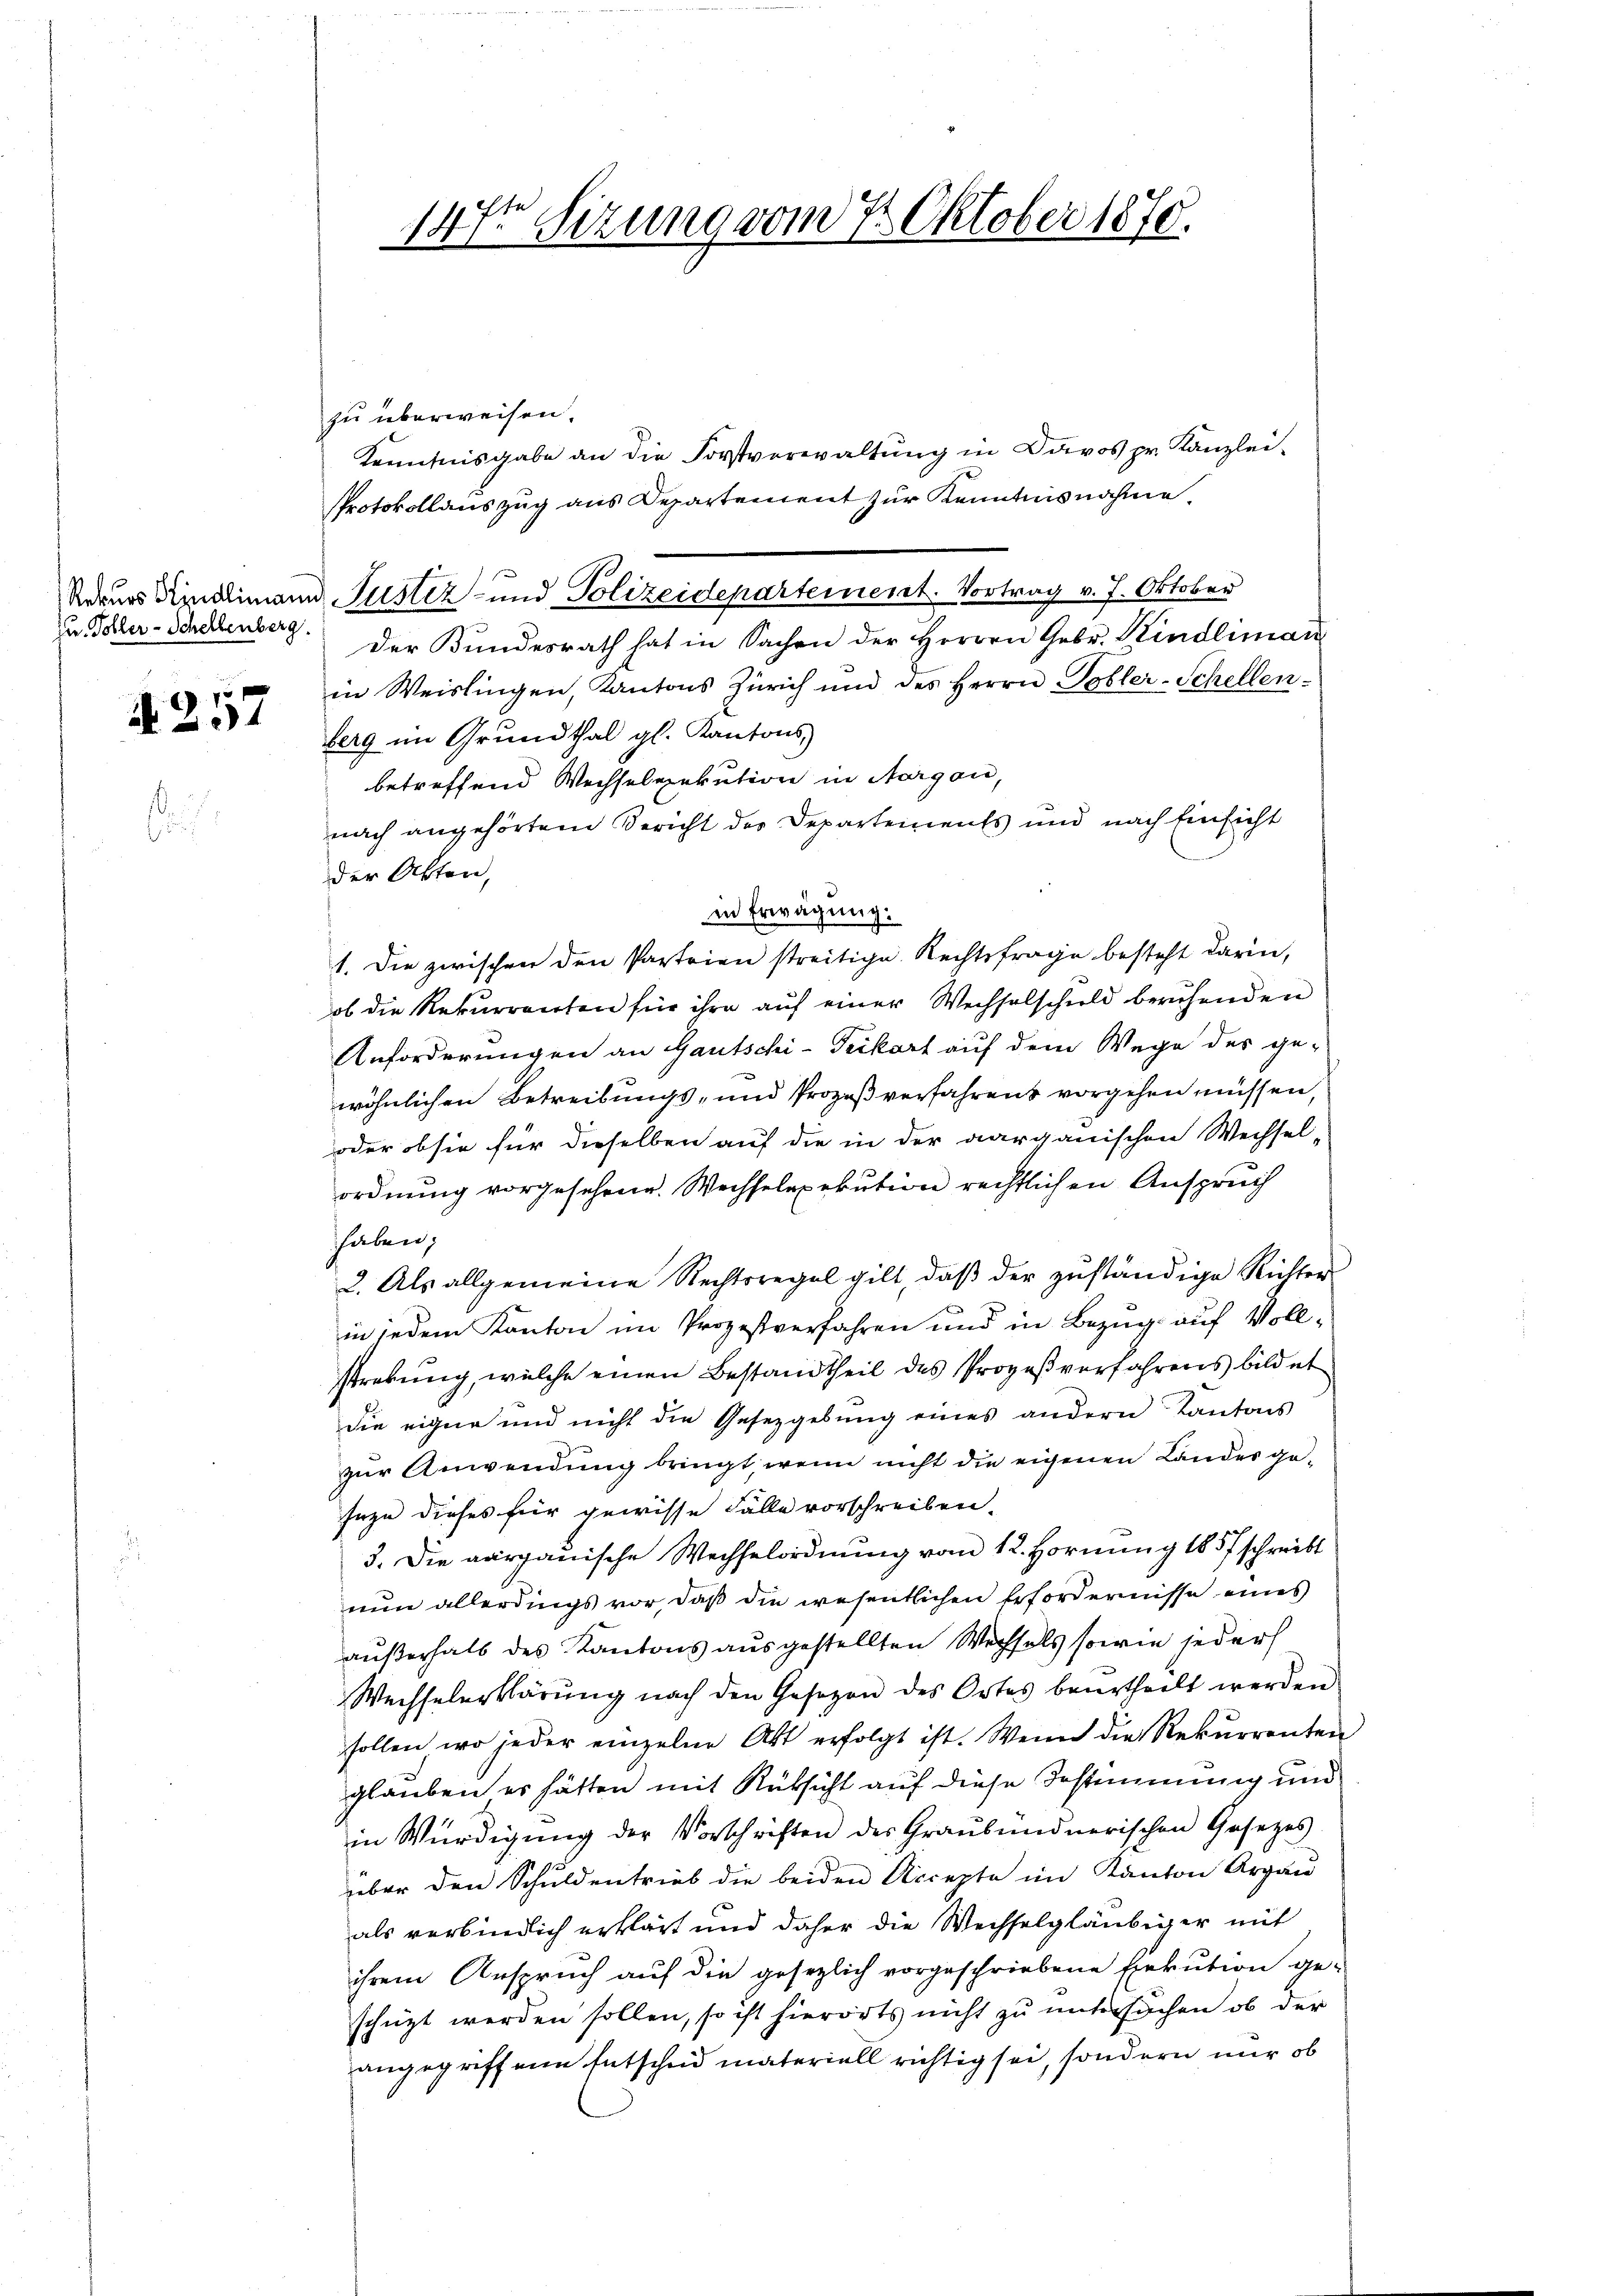
zu Toller-Schellenberg.

x
2

zu überweisen.
Kenntnisgabe an die Forstverwaltung in Davos pr. Kanzlei-
Protokollauszug aus Departement zur Kenntnisnahme.
Rekurs Rindlimann Justiz- und Polizeidepartement. Vortrag v. J. Oktober
Der Bundesrath hat in Sachen der Herren Gebr. Kindliman
in Weislingen, Kantons Zürich und des Herrn Tobler-Schellenberg im Grundthal gl. Kantons,
betreffend Wechselrekution in Margau,
nach angehörtem Bericht der Departements und nach Einsicht
der Akten,
in Erwägung.
1. Die zwischen den Parteien streitige Rechtsfrage besteht darin,
ob die Rekurrenten für ihre auf einer Wechselschuld beruhenden
Anforderungen an Gautschi-Teckart auf dem Wege des ge-
wöhnlichen Betreibungs- und Prozeßverfahrens vorgehen müssen,
oder ob sie für dieselben auf die in der aargauischen Wechsel-
ordnung vorgesehene Wechselexekution rechtlichen Anspruch
haben;
2. Als allgemeine Rechtsregel gilt, daß der zuständige Richter
in jedem Kanton im Prozestverfahren und in Bezug auf Vollstreckung, welche einen Bestandtheil des Prozeßverfahrens bildet
die eigne und nicht die Gesetzgebung eines andern Kantons
zur Anwendung bringt, wenn nicht die eigenen Landesge¬
Jezu dieses für gewisse Fälle vorschreiben.
3. Die aargauische Wechselordnung vom 12. Hornung 1857 schreibt
nun allerdings vor, daß die wesentlichen Erfordernisse eines
außerhalb des Kantons ausgestellten Wechsels sowie jederh
Wechselerklärŭng nach den Gesezen des Ortes beurtheilt werden
sollen, wo jeder einzelne Akt erfolgt ist. Wenn die Rekurrenten
glauben er hätten mit Rüksicht auf diese Bestimmung und
in Würdigung der Vorschriften des Graubündnerischen Gesetzes
über den Schuldentrieb die beiden Accepte im Kanton Argau
als verbindlich erklärt und daher die Wechselgläubiger mit
ihrem Anspruch auf die gesezlich vorgeschriebene Exekution ge-
schüzt werden sollen, so ist hierorts nicht zu untersuchen, ob der
angegriffene Entscheid materiell richtig sei, sondern nur ob

14tr Sitzung vom 7. Oktober 1870.